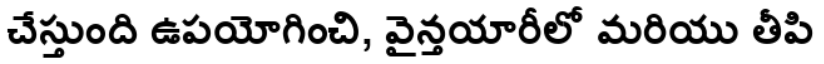
చేస్తుంది ఉపయోగించి, వైన్తయారీలో మరియు తీపి